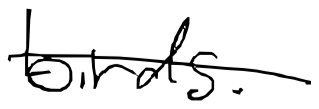
Text: birds.
Cross-out: single-line
Writing tool: digital_black